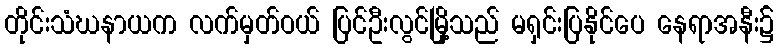
တိုင်းသံဃနာယက လက်မှတ်ဝယ် ပြင်ဦးလွင်မြို့သည် မရှင်းပြနိုင်ပေ နေရာအနီး၌